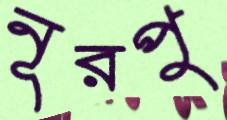
নূরপু